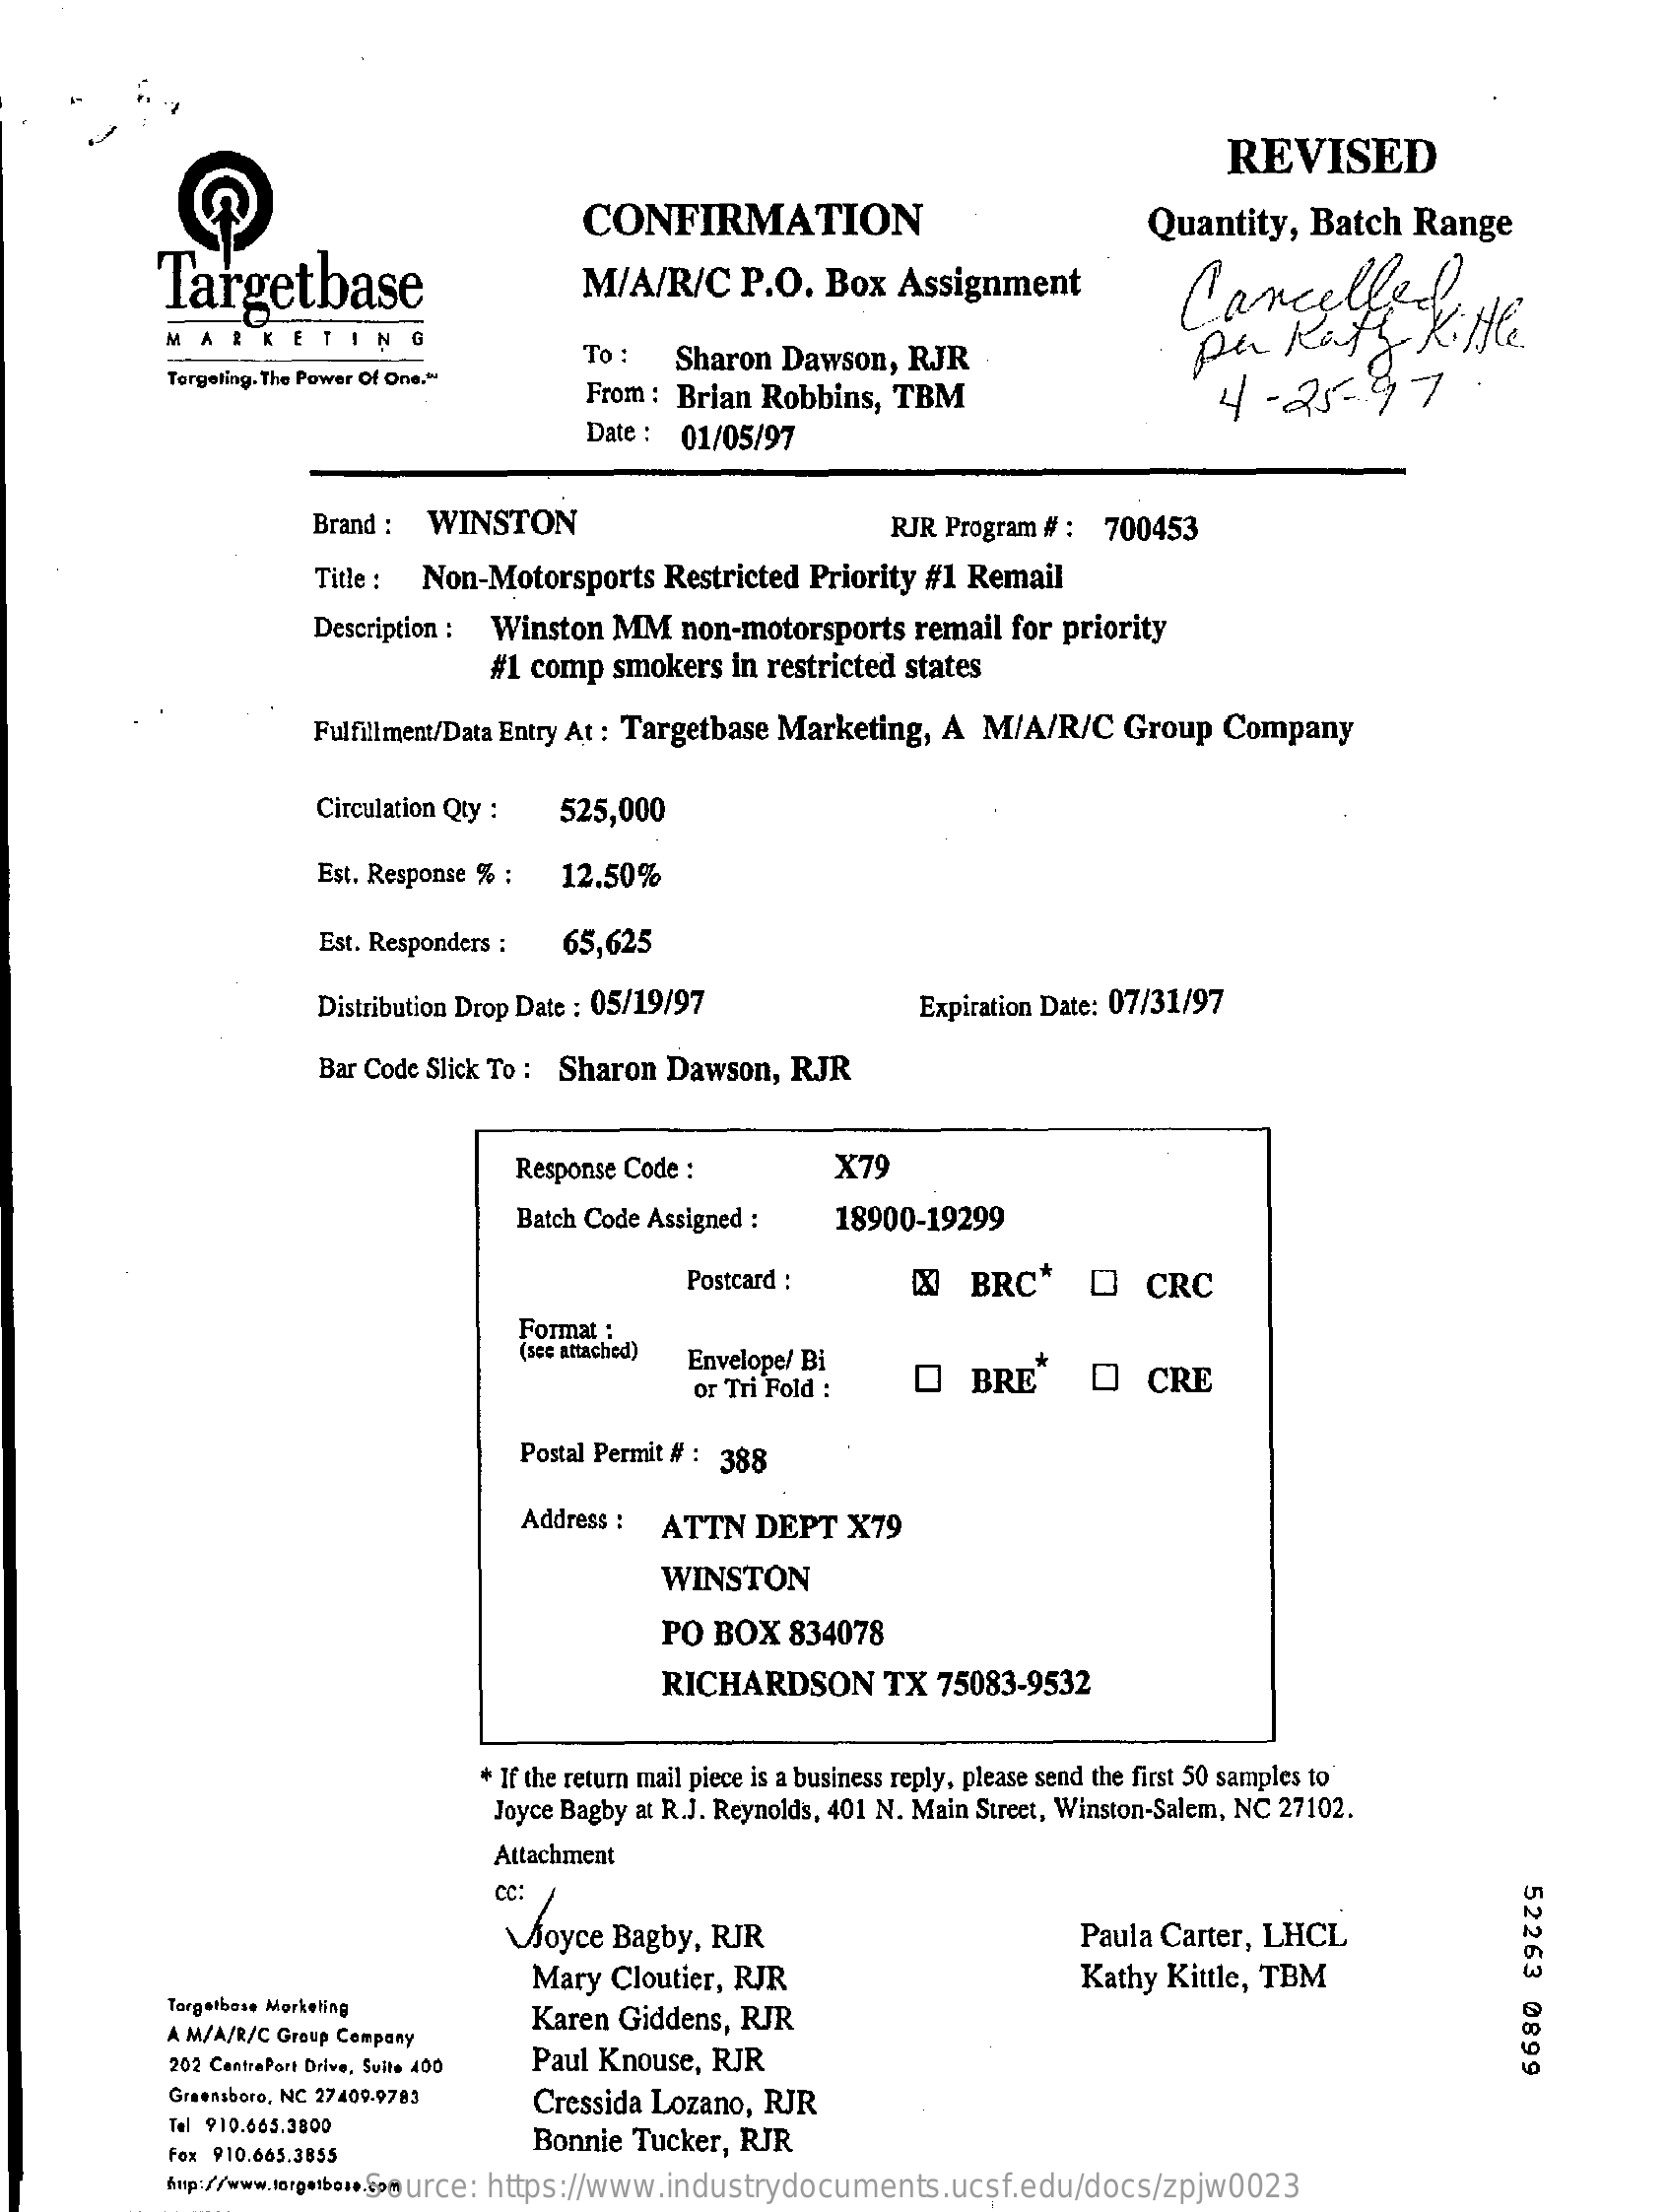
REVISED
     CONFIRMATION
     Targetbase
     Quantity,   Batch  Range
     M/A/R/C    P.O.   Box  Assignment    Cancelled!
     MARKETING
     To :   Sharon  Dawson,  RJR
     pakity    KiHle
     Targeting. The Power Of One. “
     From : Brian Robbins,  TBM    4-   25-97
     Date : 01/05/97
     Brand :  WINSTON    RJR Program # : 700453
     Title : Non-Motorsports   Restricted Priority #1 Remail
     Description : Winston MM   non-motorsports  remail for priority
     #1 comp  smokers  in restricted states
     Fulfillment/Data Entry At : Targetbase Marketing, A M/A/R/C Group  Company
     Circulation Qty : 525,000
     Est. Response % : 12.50%
     Est. Responders : 65,625
     Distribution Drop Date : 05/19/97    Expiration Date: 07/31/97
     Bar Code Slick To : Sharon Dawson, RJR
     Response Code :    X79
     Batch Code Assigned :   18900-19299
     Postcard :    CX BRC*    Q   CRC
     Format :
     (see attached) Envelope/ Bi
     or Tri Fold :    O   BRE    OCRE
     Postal Permit # : 388
     Address : ATTN   DEPT   X79
     WINSTON
     PO  BOX  834078
     RICHARDSON    TX  75083-9532
     * If the return mail piece is a business reply, please send the first 50 samples to
     Joyce Bagby at R.J. Reynolds, 401 N. Main Street, Winston-Salem, NC 27102.
     Attachment
     CC:
     52263
     0899
     Joyce Bagby, RJR    Paula Carter, LHCL
     Mary  Cloutier, RJR    Kathy Kittle, TBM
     Targetbase Marketing
     A M/A/R/C Group Company
     Karen Giddens, RJR
     202 CantrePort Drive, Suite 400 Paul Knouse, RJR
     Greensboro, NC 27409-9783  Cressida Lozano, RJR
     Tel 910.665.3800
     Fax 910.665.3855
     Bonnie Tucker, RJR
     http://www.torgetbois.com Source: https://www.industrydocuments.ucsf.edu/docs/zpjw0023